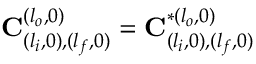
\mathbf { C } _ { ( l _ { i } , 0 ) , ( l _ { f } , 0 ) } ^ { ( l _ { o } , 0 ) } = \mathbf { C } _ { ( l _ { i } , 0 ) , ( l _ { f } , 0 ) } ^ { * ( l _ { o } , 0 ) }